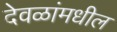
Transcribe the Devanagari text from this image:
देवळांमधील